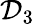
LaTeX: \mathcal{D}_{3}